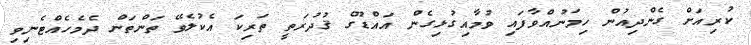
ކުރިއަށް ގެންދިއުން ހިމަނުއްވާފައި ވުމާއިގުޅިގެން އައްޑޫގެ ޤުދުރަތީ ތަރިކަ އެކުލެވޭ ތަންތަން ދެމެހެއްޓެނިވި